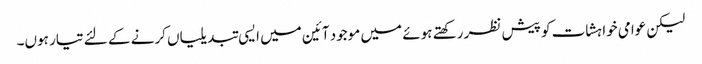
لیکن عوامی خواہشات کو پیش نظر رکھتے ہوئے میں موجود آئین میں ایسی تبدیلیاں کرنے کے لئے تیار ہوں۔